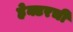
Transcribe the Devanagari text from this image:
हेक्टरची